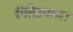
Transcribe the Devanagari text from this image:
ऍंटिटमच्या